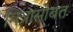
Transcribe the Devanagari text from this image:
मित्रासोबत